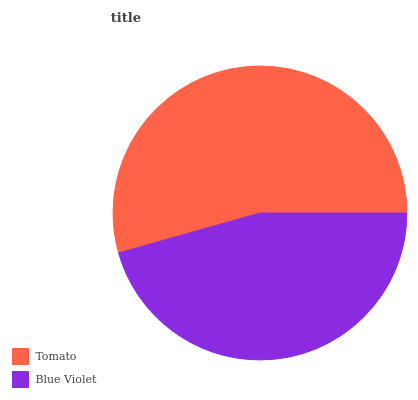
| Tomato | Blue Violet |
 | --- | --- |
 | 54.4% | 45.6% |